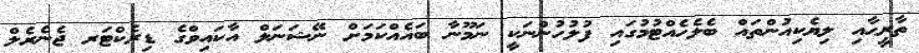
ތާރީޙާއި ލިޔެކިއުންތައް ބެލެހެއްޓުމުގައި ފުލުހުންނަކީ ނަމޫނާ ބައެއްކަމަށް ނޭޝަނަލް އާކައިވްގެ ޑިރެކްޓަރ ޖެނެރެލް